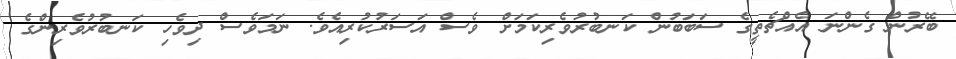
ބޭރުން ގެންނަ އެއްޗެތީގެ ސަބަބުން ކަނބުރުވެރިކަމަށް ވެސް އަސަރުކުރިއެވެ. ނަމަވެސް ދިވެހި ކަނބުރުވެރިންގެ